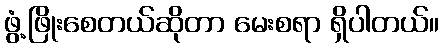
ဖွံ့ဖြိုးစေတယ်ဆိုတာ မေးစရာ ရှိပါတယ်။